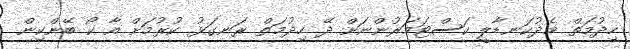
ހިދުމަތް މެދުކަނޑާލީ ކަސްޓަމަރުންނަށް ދޭ ހިދުމަތް ރަނގަޅު ކުރުމަަށް އާ ކޯ ބޭންކިން